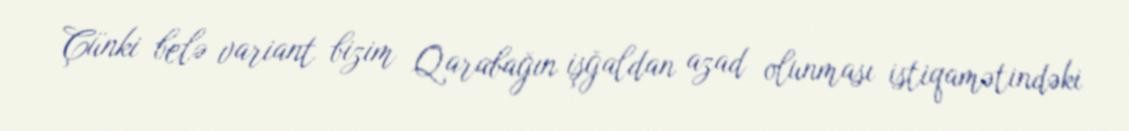
Çünki belə variant bizim Qarabağın işğaldan azad olunması istiqamətindəki